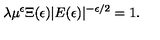
\lambda \mu ^ { \epsilon } \Xi ( \epsilon ) | E ( \epsilon ) | ^ { - \epsilon / 2 } = 1 .